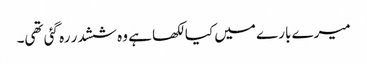
میرے بارے میں کیا لکھا ہے وہ ششدر رہ گئی تھی۔